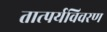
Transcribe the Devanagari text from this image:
तात्पर्यविवरण